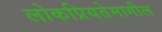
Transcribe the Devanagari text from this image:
लोकप्रियतेमागील